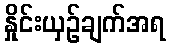
နှိုင်းယှဉ်ချက်အရ